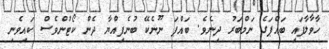
ހާވާލާފައި ބައްޕަގެ ނަމްބަރު ދިނެވެ. ބައްޕަ ނޫނެކޭ ބުނެފިއްޔާ ދެން ކޯޓުންވެސް ކައިވެނި